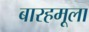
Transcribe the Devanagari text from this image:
बारहमूला